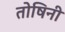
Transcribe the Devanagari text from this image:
तोषिनी